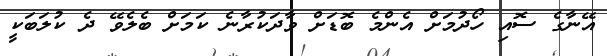
އޭނާގެ ސޮއި ހޯދުމަށް އެންމެ ބޮޑަށް ވާދަކުރާނެ ކަމަށް ބެލެވޭ ދެ ކުލަބަކީ